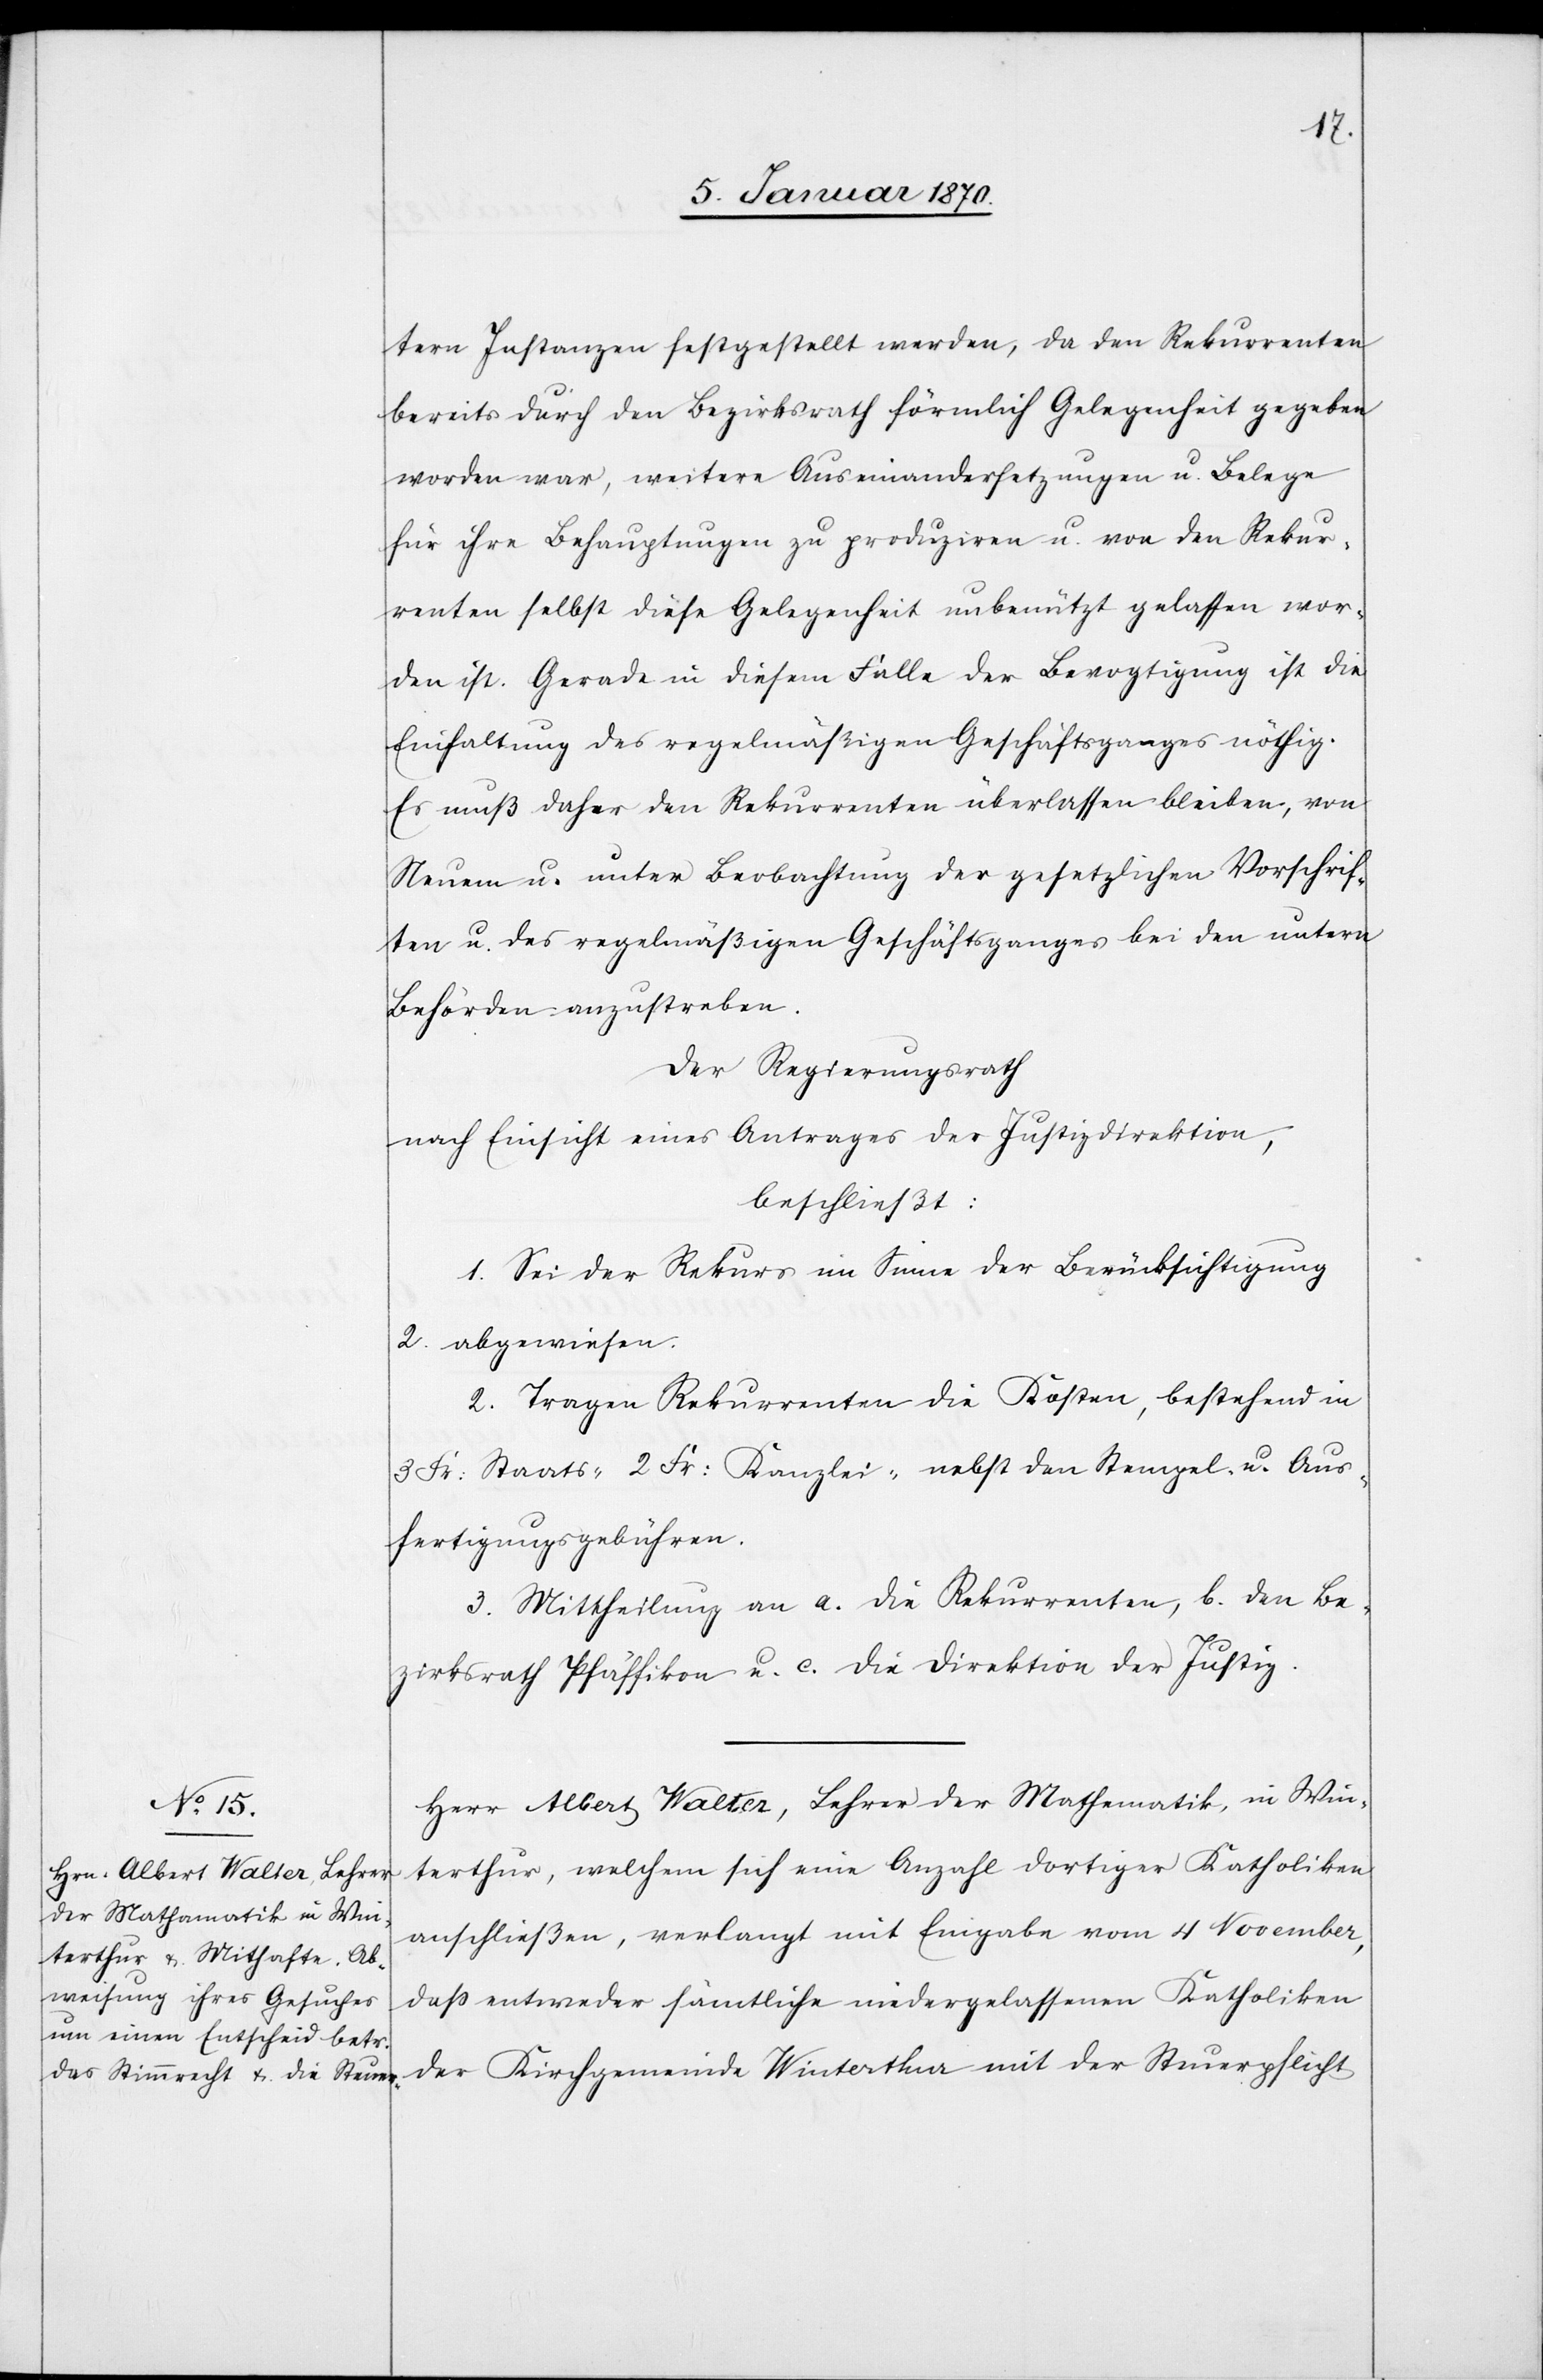
tern Instanzen festgestellt werden, da den Rekurrenten
bereits durch den Bezirksrath förmlich Gelegenheit gegeben
worden war, weitere Auseinandersetzungen u. Belege
für ihre Behauptungen zu produziren u. von den Rekur¬
renten selbst diese Gelegenheit unbenützt gelassen wor¬
den ist. Gerade in diesem Falle der Bevogtigung ist die
Einhaltung des regelmäßigen Geschäftsganges nöthig.
Es muß daher den Rekurrenten überlassen bleiben, von
Neuem u. unter Beobachtung der gesetzlichen Vorschrif¬
ten u. des regelmäßigen Geschäftsganges bei den untern
Behörden anzustreben.
Der Regierungsrath
nach Einsicht eines Antrages der Justizdirektion,
beschließt:
1. Sei der Rekurs im Sinne der Berücksichtigung
2. abgewiesen.
2. Tragen Rekurrenten die Kosten, bestehend in
3 Fr: Staats-[,] 2 Fr: Kanzlei-[,] nebst den Stempel- u. Aus¬
fertigungsgebühren.
3. Mittheilung an a. die Rekurrenten, b. den Be¬
zirksrath Pfäffikon u. c. die Direktion der Justiz.
Herr Albert Walter, Lehrer der Mathematik, in Win¬
terthur, welchem sich eine Anzahl dortiger Katholiken
anschließen, verlangt mit Eingabe vom 4. November,
daß entweder sämtliche [sic!] niedergelassenen Katholiken
der Kirchgemeinde Winterthur mit der Steuerpflicht